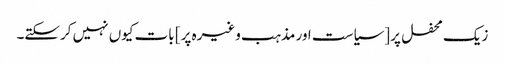
زیک محفل پر [سیاست اور مذہب وغیرہ پر] بات کیوں نہیں کرسکتے۔